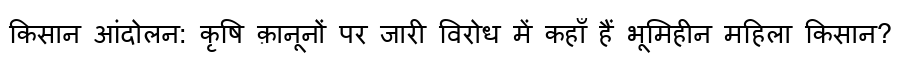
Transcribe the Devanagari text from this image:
किसान आंदोलन: कृषि क़ानूनों पर जारी विरोध में कहाँ हैं भूमिहीन महिला किसान?